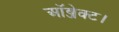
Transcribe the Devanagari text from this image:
ऑब्जेक्ट।